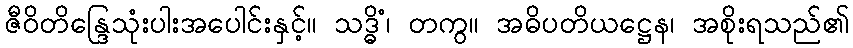
ဇီဝိတိန္ဒြေသုံးပါးအပေါင်းနှင့်။ သဒ္ဓိံ၊ တကွ။ အဓိပတိယဋ္ဌေန၊ အစိုးရသည်၏